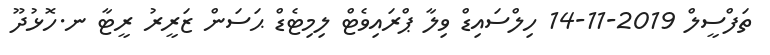
ތަފްސީލް 2019-11-14 ހިލްސައިޑް ވިލާ ޕްރައިވެޓް ލިމިޓެޑް ޙަސަން ޒަރީރު ރީޓާ ނ.ހޮޅުދޫ